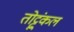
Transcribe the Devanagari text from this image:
तोट्टुंकल